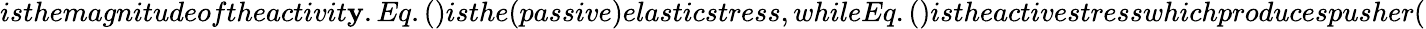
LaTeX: isthemagnitudeoftheactivit\mathbf{y}.Eq.()isthe(passive)elasticstress,whileEq.()istheactivestresswhichproducespusher(